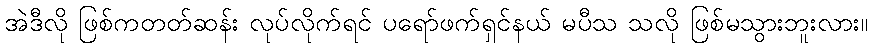
အဲဒီလို ဖြစ်ကတတ်ဆန်း လုပ်လိုက်ရင် ပရော်ဖက်ရှင်နယ် မပီသ သလို ဖြစ်မသွားဘူးလား။